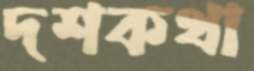
দশকথা